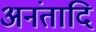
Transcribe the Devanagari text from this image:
अनंतादि